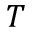
T